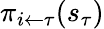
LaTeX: \pi_{i\leftarrow\tau}(s_{\tau})